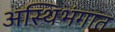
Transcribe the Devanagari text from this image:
अस्थिभंगात